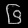
Digit: ၆